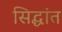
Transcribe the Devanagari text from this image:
सिद्धांत